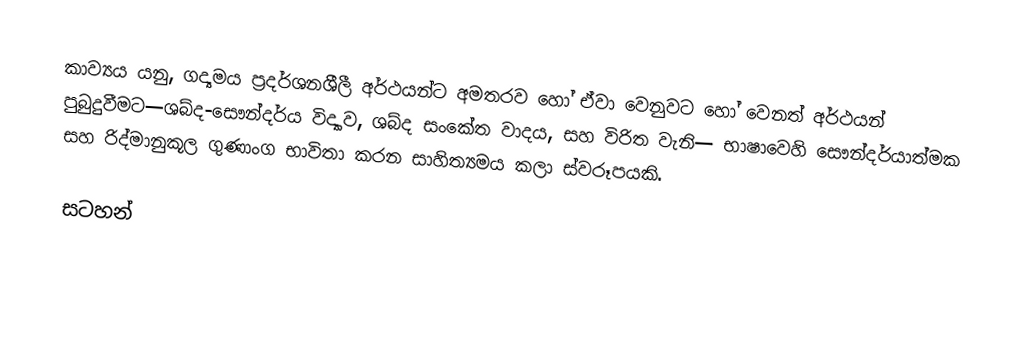
කාව්‍යය යනු,  ගද්‍යමය ප්‍රදර්ශනශීලී අර්ථයන්ට අමතරව හෝ ඒවා වෙනුවට හෝ වෙනත් අර්ථයන් පුබුදුවීමට—ශබ්ද-සෞන්දර්ය විද්‍යාව, ශබ්ද සංකේත වාදය, සහ විරිත වැනි— භාෂාවෙහි සෞන්දර්යාත්මක සහ රිද්මානුකූල   ගුණාංග භාවිතා කරන  සාහිත්‍යමය කලා ස්වරූපයකි.

සටහන්